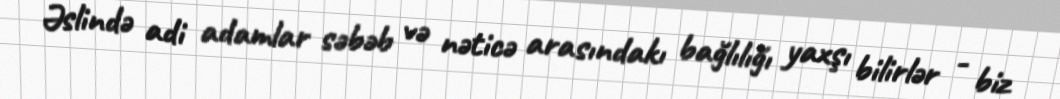
Əslində adi adamlar səbəb və nəticə arasındakı bağlılığı yaxşı bilirlər - biz